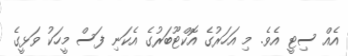
އެއް ސިޓީ އެވެ. މި އަހަރުގެ އޮކްޓޫބަރުގެ އެކަނި ފަސް މީހަކު ވަޅީގެ